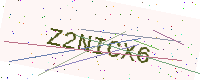
Text: Z2NICX6